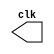
// ------------------------- 
// Exemplo0042  CLOCK
// Nome: Lucas Siqueira Chagas	
// -------------------------
// --------------------------- 
// -- test clock generator (2) 
// --------------------------- 
 
module clock ( clk ); 
 output clk; 
 reg      clk; 
 
 initial 
  begin 
   clk = 1'b0; 
  end 
 
 always 
  begin 
   #12 clk = ~clk; 
  end 
endmodule 
 
module pulse ( signal, clock ); 
 input  clock; 
 output signal; 
 reg      signal; 
 
 always @ ( clock ) 
  begin 
        signal = 1'b1; 
  #3  signal = 1'b0; 
  #3  signal = 1'b1; 
  #3  signal = 1'b0; 
  end 
endmodule // pulse 
 
module trigger ( signal, on, clock ); 
 input  on, clock; 
 output signal; 
 reg      signal; 
 
 always @ ( posedge clock & on ) 
  begin 
  #60 signal = 1'b1; 
  #60 signal = 1'b0; 
  end 
endmodule // trigger 

module Exemplo0042; 
 
 wire   clock; 
 clock clk ( clock ); 
 
 reg   p; 
 
 wire  p1,t1; 
 
 pulse   pulse1   ( p1, clock ); 
 trigger trigger1 ( t1, p, clock ); 
 
 initial begin 
   p = 1'b0; 
 end 
 
 initial begin 
  $dumpfile ( "Exemplo0042.vcd" ); 
  $dumpvars ( 1, clock, p1, p, t1 ); 
 
  #060 p = 1'b1; 
  #120 p = 1'b0; 
  #180 p = 1'b1; 
  #240 p = 1'b0; 
  #300 p = 1'b1; 
  #360 p = 1'b0; 
  #376 $finish; 
 end 
 
endmodule // Exemplo0042